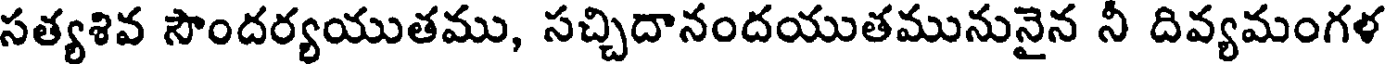
సత్యశివ సౌందర్యయుతము, సచ్చిదానందయుతమునునైన నీ దివ్యమంగళ